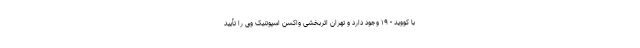
با کووید - ۱۹ وجود دارد و تهران اثربخشی واکسن اسپوتنیک وی را تأیید